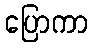
ပြောကာ